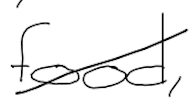
Text: food,
Cross-out: diagonal
Writing tool: digital_black